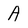
Character: A